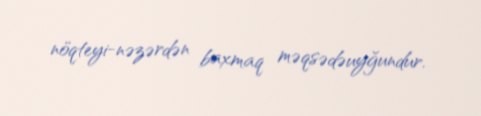
nöqteyi-nəzərdən baxmaq məqsədəuyğundur.